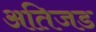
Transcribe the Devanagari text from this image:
अतिजड